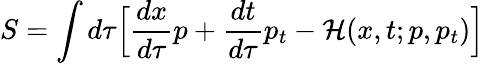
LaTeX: S=\int d\tau{\Big[}{\frac{dx}{d\tau}}p+{\frac{dt}{d\tau}}p_{t}-{\mathcal{H}}(x,t;p,p_{t}){\Big]}